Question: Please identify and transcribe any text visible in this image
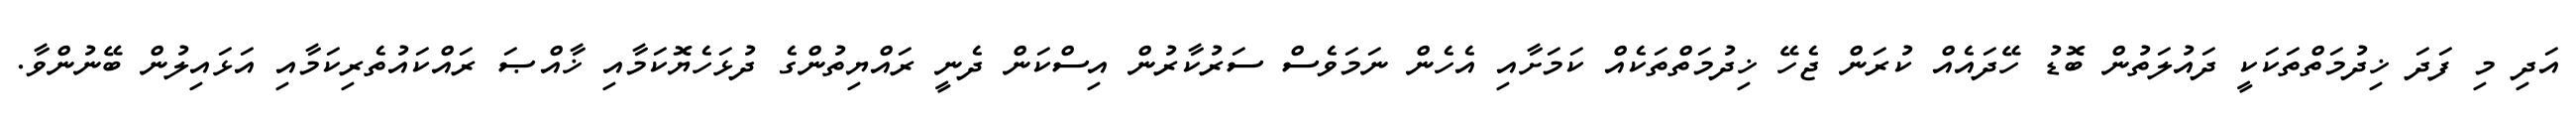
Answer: އަދި މި ފަދަ ޚިދުމަތްތަކަކީ ދައުލަތުން ބޮޑު ހޭދައެއް ކުރަން ޖެހޭ ޚިދުމަތްތަކެއް ކަމަށާއި އެހެން ނަމަވެސް ސަރުކާރުން އިސްކަން ދެނީ ރައްޔިތުންގެ ދުޅަހެޔޮކަމާއި ޚާއްޞަ ރައްކައުތެރިކަމާއި އަޅައިލުން ބޭނުންވާ.